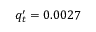
q _ { t } ^ { \prime } = 0 . 0 0 2 7